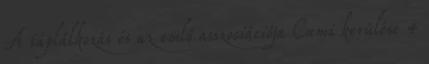
A táplálkozás és az emlő asszociációja Cumi kerülése 4